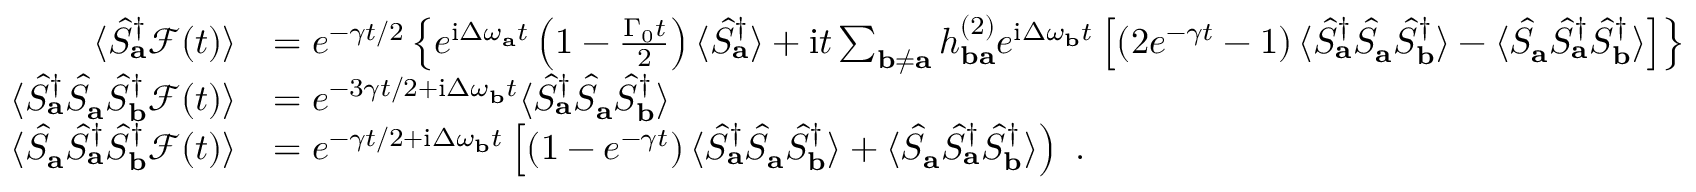
\begin{array} { r l } { \langle \hat { S } _ { \mathbf { a } } ^ { \dagger } \mathcal { F } ( t ) \rangle } & { = e ^ { - \gamma t / 2 } \left\{ e ^ { \mathrm { i } \Delta \omega _ { \mathbf { a } } t } \left( 1 - \frac { \Gamma _ { 0 } t } { 2 } \right) \langle \hat { S } _ { \mathbf { a } } ^ { \dagger } \rangle + \mathrm { i } t \sum _ { \mathbf { b } \neq \mathbf { a } } h _ { \mathbf { b a } } ^ { ( 2 ) } e ^ { \mathrm { i } \Delta \omega _ { \mathbf { b } } t } \left[ \left( 2 e ^ { - \gamma t } - 1 \right) \langle \hat { S } _ { \mathbf { a } } ^ { \dagger } \hat { S } _ { \mathbf { a } } \hat { S } _ { \mathbf { b } } ^ { \dagger } \rangle - \langle \hat { S } _ { \mathbf { a } } \hat { S } _ { \mathbf { a } } ^ { \dagger } \hat { S } _ { \mathbf { b } } ^ { \dagger } \rangle \right] \right\} } \\ { \langle \hat { S } _ { \mathbf { a } } ^ { \dagger } \hat { S } _ { \mathbf { a } } \hat { S } _ { \mathbf { b } } ^ { \dagger } \mathcal { F } ( t ) \rangle } & { = e ^ { - 3 \gamma t / 2 + \mathrm { i } \Delta \omega _ { \mathbf { b } } t } \langle \hat { S } _ { \mathbf { a } } ^ { \dagger } \hat { S } _ { \mathbf { a } } \hat { S } _ { \mathbf { b } } ^ { \dagger } \rangle } \\ { \langle \hat { S } _ { \mathbf { a } } \hat { S } _ { \mathbf { a } } ^ { \dagger } \hat { S } _ { \mathbf { b } } ^ { \dagger } \mathcal { F } ( t ) \rangle } & { = e ^ { - \gamma t / 2 + \mathrm { i } \Delta \omega _ { \mathbf { b } } t } \left[ \left( 1 - e ^ { - \gamma t } \right) \langle \hat { S } _ { \mathbf { a } } ^ { \dagger } \hat { S } _ { \mathbf { a } } \hat { S } _ { \mathbf { b } } ^ { \dagger } \rangle + \langle \hat { S } _ { \mathbf { a } } \hat { S } _ { \mathbf { a } } ^ { \dagger } \hat { S } _ { \mathbf { b } } ^ { \dagger } \rangle \right) ~ . } \end{array}